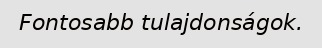
Fontosabb tulajdonságok.